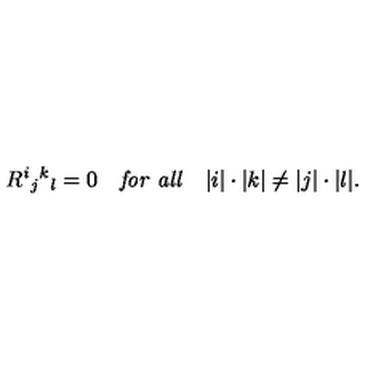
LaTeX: R ^ { i } { } _ { j } { } ^ { k } { } _ { l } = 0 \quad { \it f o r \ a l l } \quad | i | \cdot | k | \ne | j | \cdot | l | .